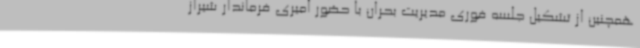
همچنین از تشکیل جلسه فوری مدیریت بحران با حضور امیری فرماندار شیراز